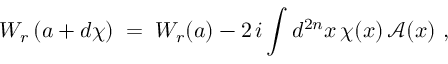
W _ { r } \left( a + d \chi \right) \; = \; W _ { r } ( a ) - 2 \, i \int d ^ { 2 n } x \, \chi ( x ) \, { \mathcal A } ( x ) ~ ,